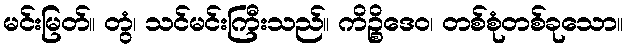
မင်းမြတ်။ တွံ၊ သင်မင်းကြီးသည်။ ကိဉ္စိဒေဝ၊ တစ်စုံတစ်ခုသော။